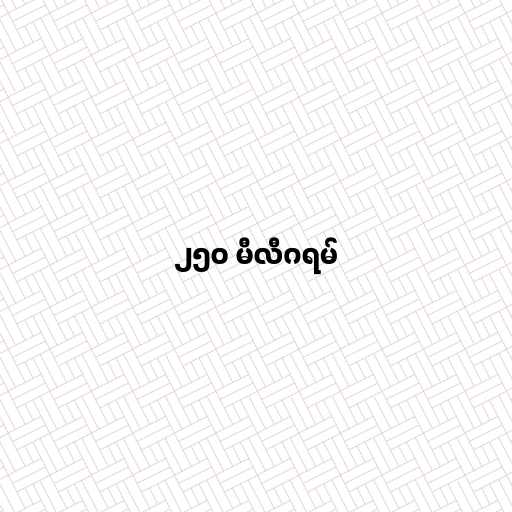
၂၅၀ မီလီဂရမ်